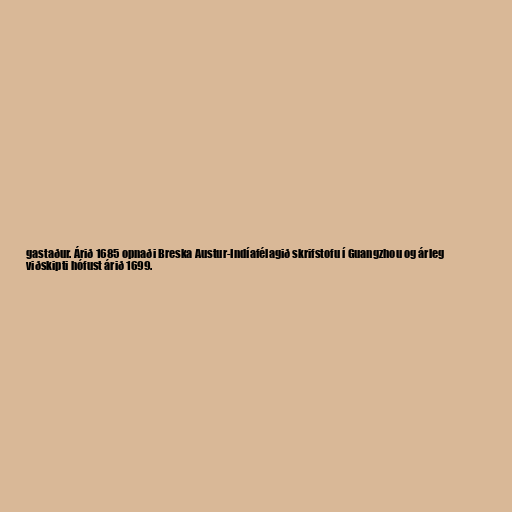
gastaður. Árið 1685 opnaði Breska Austur-Indíafélagið skrifstofu í Guangzhou og árleg
viðskipti hófust árið 1699.